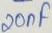
Text: 20nF